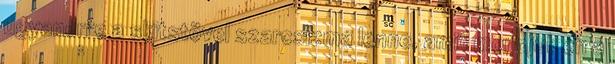
ugyanerre a skitstövel szarcsizma lenne, amit mondjuk én a